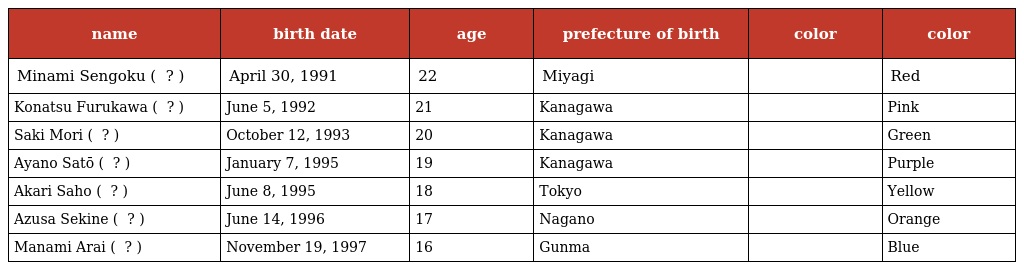
| name | birth date | age | prefecture of birth | color | color |
 | --- | --- | --- | --- | --- | --- |
 | Minami Sengoku ( 仙石みなみ ? ) | April 30, 1991 | 22 | Miyagi |  | Red |
 | Konatsu Furukawa ( 古川小夏 ? ) | June 5, 1992 | 21 | Kanagawa |  | Pink |
 | Saki Mori ( 森咲樹 ? ) | October 12, 1993 | 20 | Kanagawa |  | Green |
 | Ayano Satō ( 佐藤綾乃 ? ) | January 7, 1995 | 19 | Kanagawa |  | Purple |
 | Akari Saho ( 佐保明梨 ? ) | June 8, 1995 | 18 | Tokyo |  | Yellow |
 | Azusa Sekine ( 関根梓 ? ) | June 14, 1996 | 17 | Nagano |  | Orange |
 | Manami Arai ( 新井愛瞳 ? ) | November 19, 1997 | 16 | Gunma |  | Blue |